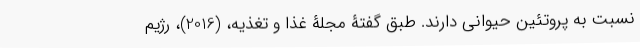
نسبت به پروتئین حیوانی دارند. طبق گفتۀ مجلۀ غذا و تغذیه، (2016)، رژیم